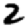
Digit: 2